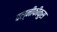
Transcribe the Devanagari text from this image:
वल्नीफीकुस